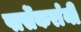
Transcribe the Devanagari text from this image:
पार्सेकरांंनी